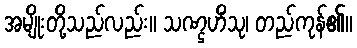
အမျိုးတို့သည်လည်း။ သဏ္ဌဟိံသု၊ တည်ကုန်၏။